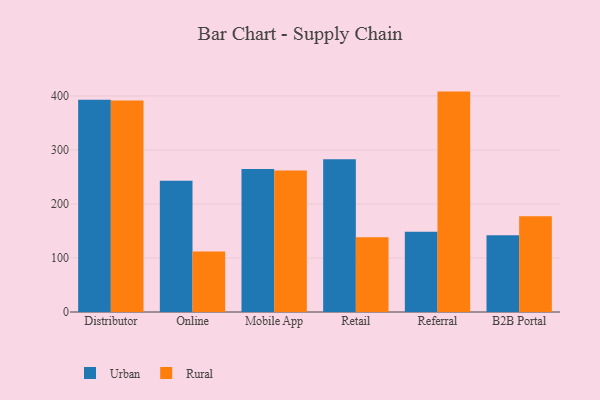
{"axis": {"x": "Channel", "y": "Market Share (%)"}, "legend": ["Rural", "Urban"], "data": [{"x": "Distributor", "y": 393.3, "type": "Urban"}, {"x": "Distributor", "y": 391.6, "type": "Rural"}, {"x": "Online", "y": 242.9, "type": "Urban"}, {"x": "Online", "y": 112.0, "type": "Rural"}, {"x": "Mobile App", "y": 264.8, "type": "Urban"}, {"x": "Mobile App", "y": 262.3, "type": "Rural"}, {"x": "Retail", "y": 282.8, "type": "Urban"}, {"x": "Retail", "y": 138.3, "type": "Rural"}, {"x": "Referral", "y": 148.6, "type": "Urban"}, {"x": "Referral", "y": 408.2, "type": "Rural"}, {"x": "B2B Portal", "y": 142.1, "type": "Urban"}, {"x": "B2B Portal", "y": 177.2, "type": "Rural"}]}